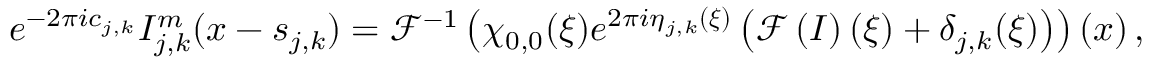
e ^ { - 2 \pi i c _ { j , k } } I _ { j , k } ^ { m } ( \boldsymbol { x } - \boldsymbol { s } _ { j , k } ) = \mathcal { F } ^ { - 1 } \left( \chi _ { 0 , 0 } ( \boldsymbol { \xi } ) e ^ { 2 \pi i \eta _ { j , k } ( \boldsymbol { \xi } ) } \left( \mathcal { F } \left( I \right) ( \boldsymbol { \xi } ) + \delta _ { j , k } ( \boldsymbol { \xi } ) \right) \right) ( \boldsymbol { x } ) \, ,